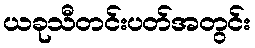
ယခုသီတင်းပတ်အတွင်း